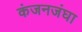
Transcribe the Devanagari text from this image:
कंजनजंघा